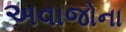
અવાજોના